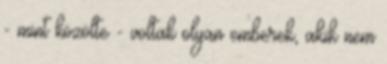
- mint közölte - voltak olyan emberek, akik nem